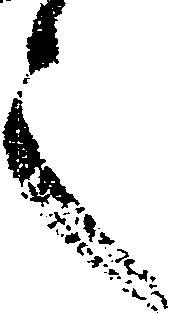
之